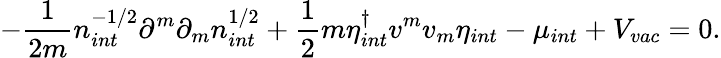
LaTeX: -\frac{1}{2m}n_{int}^{-1/2}\partial^{m}\partial_{m}n_{int}^{1/2}+\frac{1}{2}m\eta_{int}^{\dagger}v^{m}v_{m}\eta_{int}-\mu_{int}+V_{vac}=0.